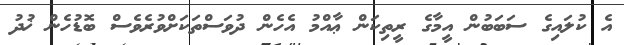
އެ ކުލައިގެ ސަބަބުން އީމާގެ ރީތިކަން ޢާއްމު އެހެން ދުވަސްތަކަށްވުރެވެސް ބޮޑުހެން ޚުދު